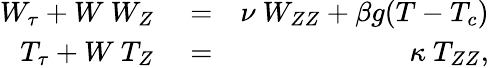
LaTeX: \begin{array}{rlr}{W_{\tau}+W\ W_{Z}}&{{}=}&{\nu\ W_{ZZ}+\beta g(T-T_{c})}\\ {T_{\tau}+W\ T_{Z}}&{{}=}&{\kappa\ T_{ZZ},}\end{array}